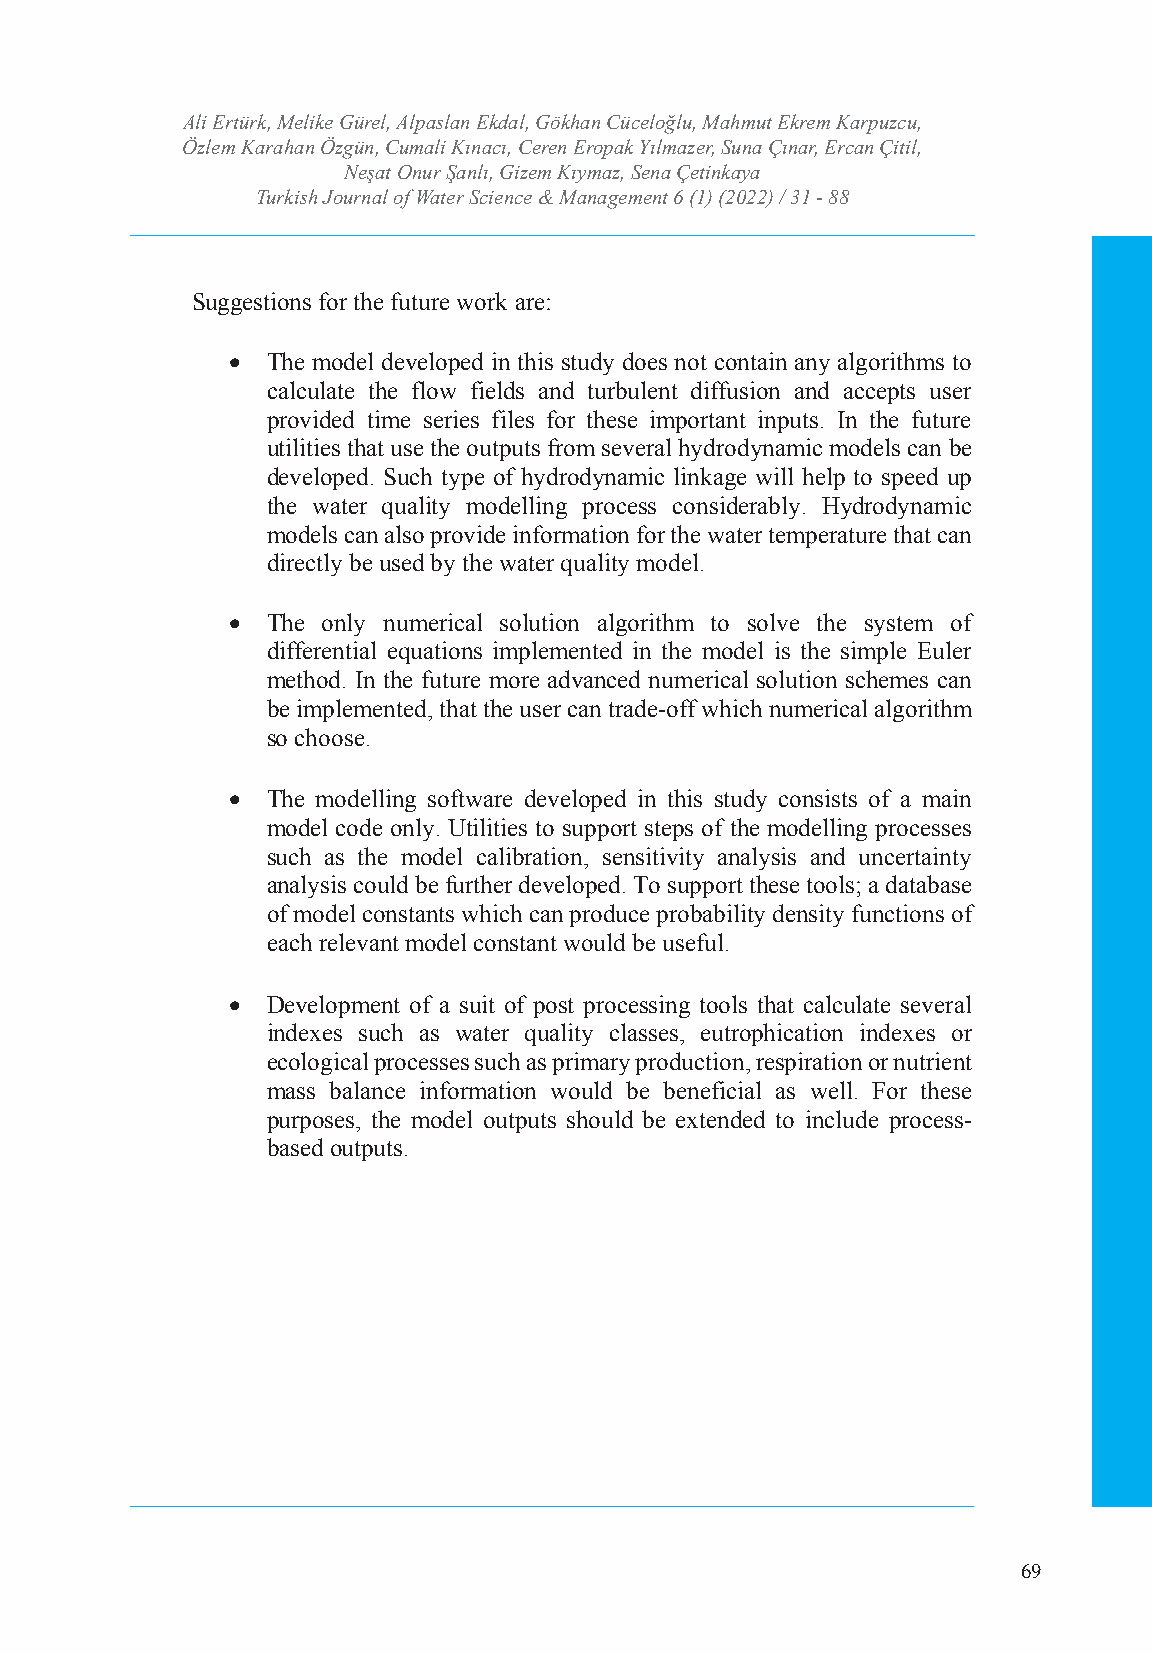
Ali Ertürk, Melike GTüurrekli,s Ahl pJoauslranna lE okfd Wala, tGerö Skhciaenn cCeü &ce lMoğalnua, gMemahemntut Ekrem Karpuzcu,
 Özlem Karahan Özgün, CumIaSlSiN K: ı2n5a36c ı4,7 C4Xe r/e en-I SESrNo:p 2a5k6 4Y-7ıl3m34azer, Suna Çınar, Ercan Çitil,
 Neşat Onur Şanlı, Gizem Kıymaz, Sena Çetinkaya
 Volume: 6 Issue: 1 Year: 2022
 Turkish Journal of Water Science & Management 6 (1) (2022) / 31 - 88
 Suggestions for the future work are:
   The model developed in this study does not contain any algorithms to
 calculate the flow fields and turbulent diffusion and accepts user
 provided time series files for these important inputs. In the future
 utilities that use the outputs from several hydrodynamic models can be
 developed. Such type of hydrodynamic linkage will help to speed up
 the water quality modelling process considerably. Hydrodynamic
 models can also provide information for the water temperature that can
 directly be used by the water quality model.
   The only numerical solution algorithm to solve the system of
 differential equations implemented in the model is the simple Euler
 method. In the future more advanced numerical solution schemes can
 be implemented, that the user can trade-off which numerical algorithm
 so choose.
   The modelling software developed in this study consists of a main
 model code only. Utilities to support steps of the modelling processes
 such as the model calibration, sensitivity analysis and uncertainty
 analysis could be further developed. To support these tools; a database
 of model constants which can produce probability density functions of
 each relevant model constant would be useful.
   Development of a suit of post processing tools that calculate several
 indexes such as water quality classes, eutrophication indexes or
 ecological processes such as primary production, respiration or nutrient
 mass balance information would be beneficial as well. For these
 purposes, the model outputs should be extended to include process-
 based outputs.
 69